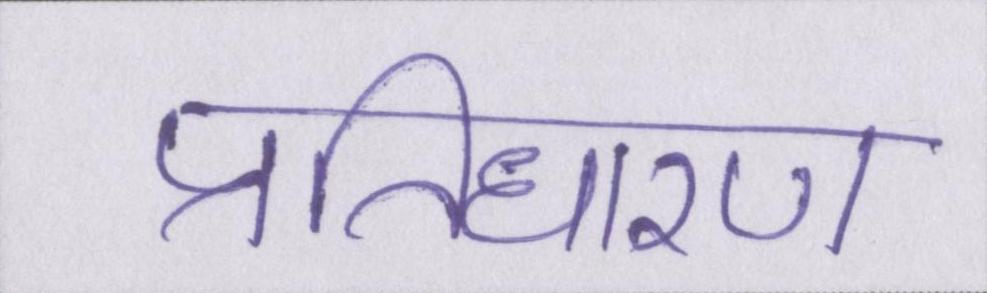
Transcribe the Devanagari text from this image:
प्रतिधारण